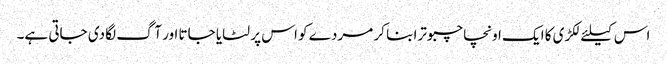
اس کیلئے لکڑی کا ایک اونچا چبوترا بنا کر مردے کو اس پر لٹایا جاتا اور آگ لگا دی جاتی ہے۔